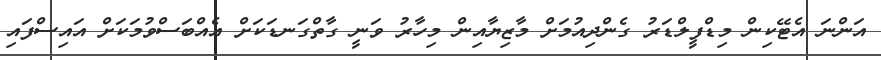
އަންނަ އެޓޭކިން މިޑްފީލްޑަރު ގެންދިއުމަށް މާޒިޔާއިން މިހާރު ވަނީ ގާތްގަނޑަކަށް އެއްބަސްވުމަކަށް އައިސްފައި